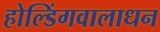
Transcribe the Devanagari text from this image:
होल्डिंगवालाधन